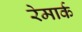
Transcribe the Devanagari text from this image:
रेमार्क